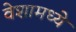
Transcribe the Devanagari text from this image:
वेशामध्ये